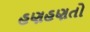
હણહણતો